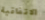
الاتفاقية